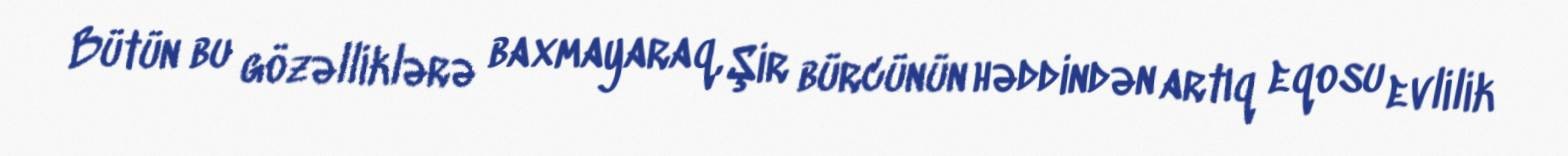
Bütün bu gözəlliklərə baxmayaraq, Şir bürcünün həddindən artıq eqosu evlilik